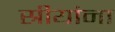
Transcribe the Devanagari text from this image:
स्रीयांना